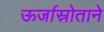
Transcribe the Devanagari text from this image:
ऊर्जास्रोताने